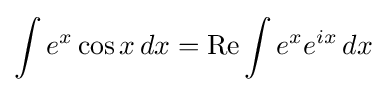
\int e^{x}\cos x\,dx=\operatorname {Re} \int e^{x}e^{ix}\,dx